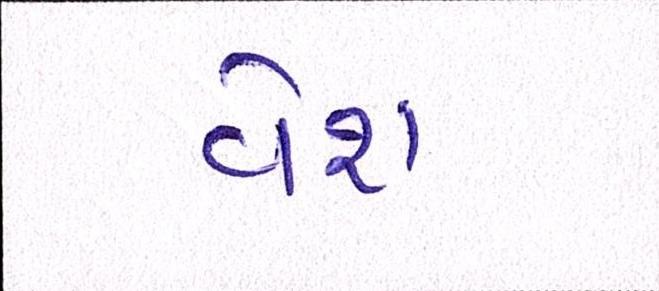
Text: વેશ